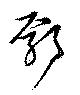
鄢